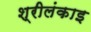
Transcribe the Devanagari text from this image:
श्रीलंकाइ